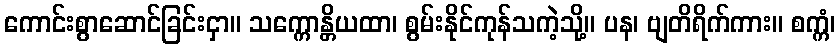
ကောင်းစွာဆောင်ခြင်းငှာ။ သက္ကောန္တိယထာ၊ စွမ်းနိုင်ကုန်သကဲ့သို့။ ပန၊ ဗျတိရိက်ကား။ စက္ကံ၊